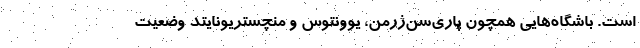
است. باشگاه‌هایی همچون پاری‌سن‌ژرمن، یوونتوس و منچستریونایتد وضعیت